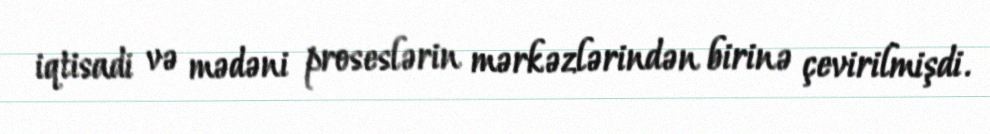
iqtisadi və mədəni proseslərin mərkəzlərindən birinə çevirilmişdi.